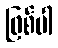
ဖြစ်ပါ